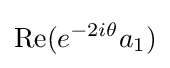
\mathrm {Re} (e^{-2i\theta }a_{1})